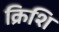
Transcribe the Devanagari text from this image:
क्रिशि